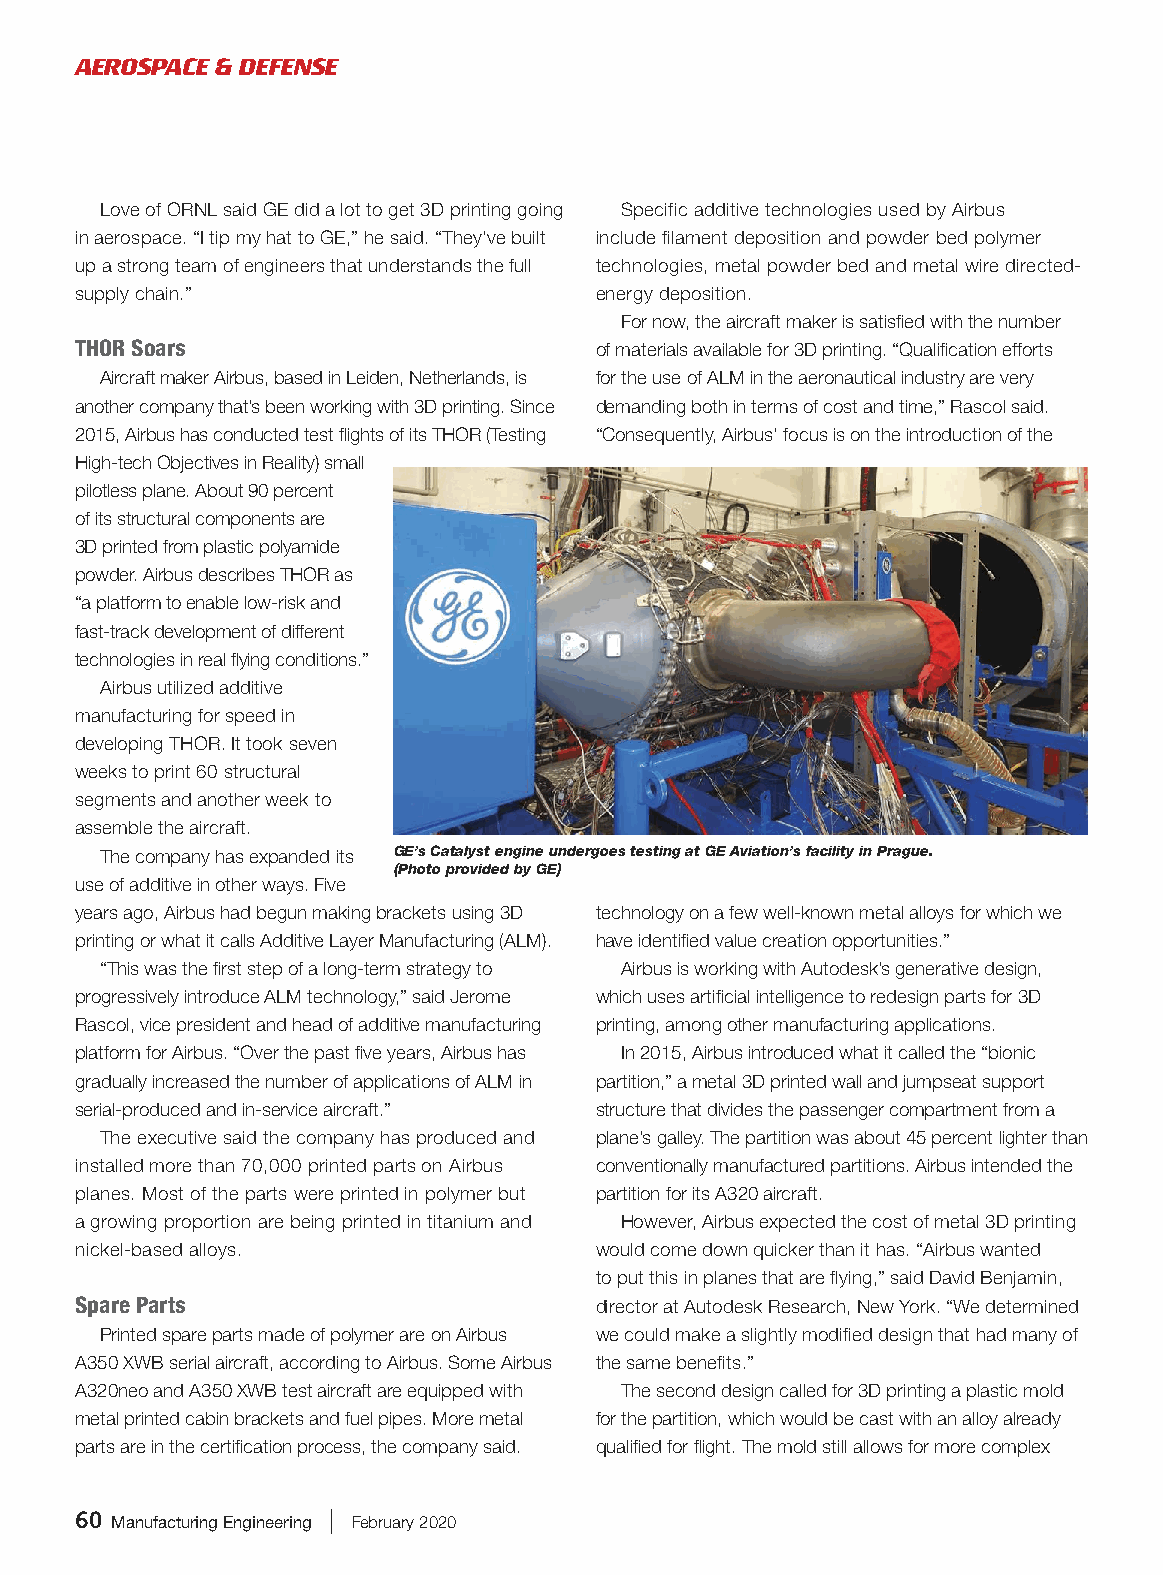
AEROSPACE & DEFENSE
 Love of ORNL said GE did a lot to get 3D printing going Specific additive technologies used by Airbus
 in aerospace. “I tip my hat to GE,” he said. “They’ve built include filament deposition and powder bed polymer
 up a strong team of engineers that understands the full technologies, metal powder bed and metal wire directed-
 supply chain.”                    energy deposition.
 For now, the aircraft maker is satisfied with the number
 THOR Soars                        of materials available for 3D printing. “Qualification efforts
 Aircraft maker Airbus, based in Leiden, Netherlands, is for the use of ALM in the aeronautical industry are very
 another company that’s been working with 3D printing. Since demanding both in terms of cost and time,” Rascol said.
 2015, Airbus has conducted test flights of its THOR (Testing “Consequently, Airbus’ focus is on the introduction of the
 High-tech Objectives in Reality) small
 pilotless plane. About 90 percent
 of its structural components are
 3D printed from plastic polyamide
 powder. Airbus describes THOR as
 “a platform to enable low-risk and
 fast-track development of different
 technologies in real flying conditions.”
 Airbus utilized additive
 manufacturing for speed in
 developing THOR. It took seven
 weeks to print 60 structural
 segments and another week to
 assemble the aircraft.
 The company has expanded its GE’s Catalyst engine undergoes testing at GE Aviation’s facility in Prague.
 (Photo provided by GE)
 use of additive in other ways. Five
 years ago, Airbus had begun making brackets using 3D technology on a few well-known metal alloys for which we
 printing or what it calls Additive Layer Manufacturing (ALM). have identified value creation opportunities.”
 “This was the first step of a long-term strategy to Airbus is working with Autodesk’s generative design,
 progressively introduce ALM technology,” said Jerome which uses artificial intelligence to redesign parts for 3D
 Rascol, vice president and head of additive manufacturing printing, among other manufacturing applications.
 platform for Airbus. “Over the past five years, Airbus has In 2015, Airbus introduced what it called the “bionic
 gradually increased the number of applications of ALM in partition,” a metal 3D printed wall and jumpseat support
 serial-produced and in-service aircraft.” structure that divides the passenger compartment from a
 The executive said the company has produced and plane’s galley. The partition was about 45 percent lighter than
 installed more than 70,000 printed parts on Airbus conventionally manufactured partitions. Airbus intended the
 planes. Most of the parts were printed in polymer but partition for its A320 aircraft.
 a growing proportion are being printed in titanium and However, Airbus expected the cost of metal 3D printing
 nickel-based alloys.              would come down quicker than it has. “Airbus wanted
 to put this in planes that are flying,” said David Benjamin,
 Spare Parts                       director at Autodesk Research, New York. “We determined
 Printed spare parts made of polymer are on Airbus we could make a slightly modified design that had many of
 A350 XWB serial aircraft, according to Airbus. Some Airbus the same benefits.”
 A320neo and A350 XWB test aircraft are equipped with The second design called for 3D printing a plastic mold
 metal printed cabin brackets and fuel pipes. More metal for the partition, which would be cast with an alloy already
 parts are in the certification process, the company said. qualified for flight. The mold still allows for more complex
 60 Manufacturing Engineering | February 2020